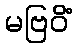
မဗြဝိံ